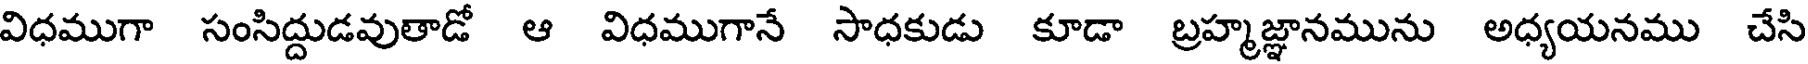
విధముగా సంసిద్దుడవుతాడో ఆ విధముగానే సాధకుడు కూడా బ్రహ్మజ్ఞానమును అధ్యయనము చేసి